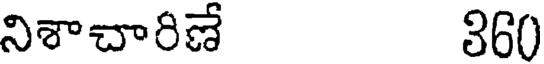
నిశాచారిణే 360